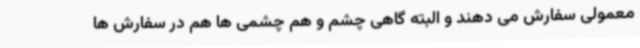
معمولی سفارش می دهند و البته گاهی چشم و هم چشمی ها هم در سفارش ها